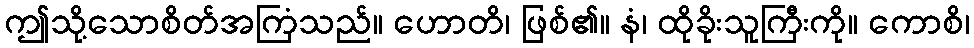
ဤသို့သောစိတ်အကြံသည်။ ဟောတိ၊ ဖြစ်၏။ နံ၊ ထိုခိုးသူကြီးကို။ ကောစိ၊